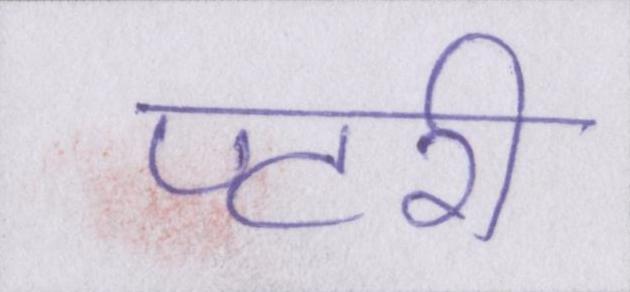
पटरी